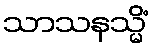
သာသနသ္မိံ